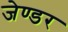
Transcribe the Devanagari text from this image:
जेण्डर